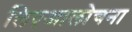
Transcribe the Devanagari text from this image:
लिएआलोचना